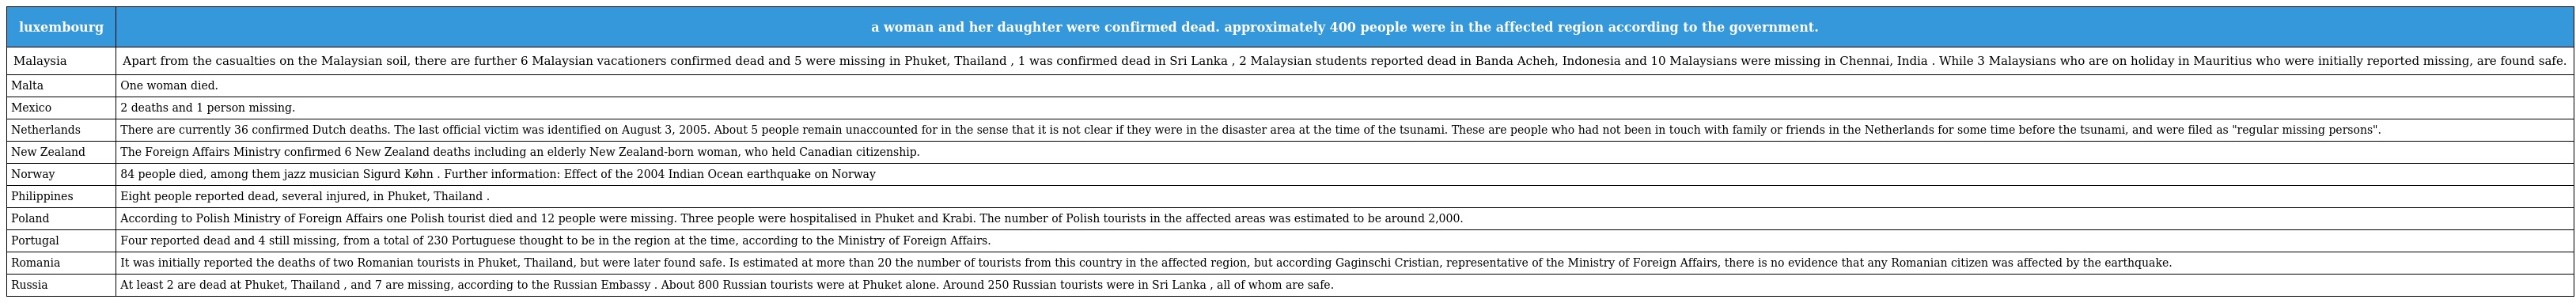
| luxembourg | a woman and her daughter were confirmed dead. approximately 400 people were in the affected region according to the government. |
 | --- | --- |
 | Malaysia | Apart from the casualties on the Malaysian soil, there are further 6 Malaysian vacationers confirmed dead and 5 were missing in Phuket, Thailand , 1 was confirmed dead in Sri Lanka , 2 Malaysian students reported dead in Banda Acheh, Indonesia and 10 Malaysians were missing in Chennai, India . While 3 Malaysians who are on holiday in Mauritius who were initially reported missing, are found safe. |
 | Malta | One woman died. |
 | Mexico | 2 deaths and 1 person missing. |
 | Netherlands | There are currently 36 confirmed Dutch deaths. The last official victim was identified on August 3, 2005. About 5 people remain unaccounted for in the sense that it is not clear if they were in the disaster area at the time of the tsunami. These are people who had not been in touch with family or friends in the Netherlands for some time before the tsunami, and were filed as "regular missing persons". |
 | New Zealand | The Foreign Affairs Ministry confirmed 6 New Zealand deaths including an elderly New Zealand-born woman, who held Canadian citizenship. |
 | Norway | 84 people died, among them jazz musician Sigurd Køhn . Further information: Effect of the 2004 Indian Ocean earthquake on Norway |
 | Philippines | Eight people reported dead, several injured, in Phuket, Thailand . |
 | Poland | According to Polish Ministry of Foreign Affairs one Polish tourist died and 12 people were missing. Three people were hospitalised in Phuket and Krabi. The number of Polish tourists in the affected areas was estimated to be around 2,000. |
 | Portugal | Four reported dead and 4 still missing, from a total of 230 Portuguese thought to be in the region at the time, according to the Ministry of Foreign Affairs. |
 | Romania | It was initially reported the deaths of two Romanian tourists in Phuket, Thailand, but were later found safe. Is estimated at more than 20 the number of tourists from this country in the affected region, but according Gaginschi Cristian, representative of the Ministry of Foreign Affairs, there is no evidence that any Romanian citizen was affected by the earthquake. |
 | Russia | At least 2 are dead at Phuket, Thailand , and 7 are missing, according to the Russian Embassy . About 800 Russian tourists were at Phuket alone. Around 250 Russian tourists were in Sri Lanka , all of whom are safe. |